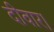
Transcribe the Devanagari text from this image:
दीवार।